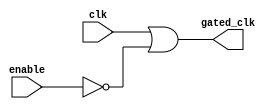
module clock_gating (
    input wire clk,          // Original clock signal
    input wire enable,       // Enable signal for clock gating
    output wire gated_clk    // Gated clock output
);

    // Invert the enable signal
    wire enable_n;
    assign enable_n = ~enable;

    // OR gate to generate gated clock
    assign gated_clk = clk | enable_n;

endmodule